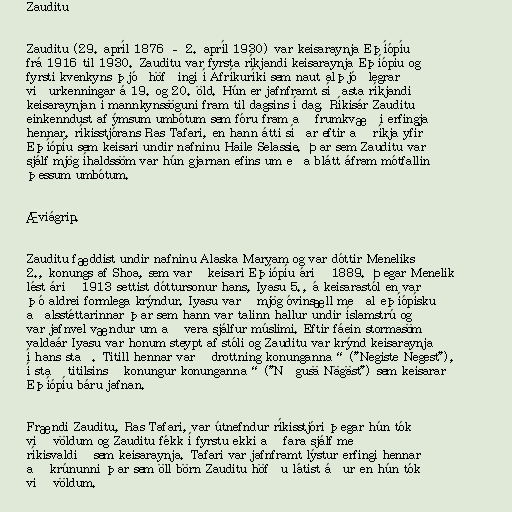
Zauditu

Zauditu (29. apríl 1876 – 2. apríl 1930) var keisaraynja Eþíópíu
frá 1916 til 1930. Zauditu var fyrsta ríkjandi keisaraynja Eþíópíu og
fyrsti kvenkyns þjóðhöfðingi í Afríkuríki sem naut alþjóðlegrar
viðurkenningar á 19. og 20. öld. Hún er jafnframt síðasta ríkjandi
keisaraynjan í mannkynssöguni fram til dagsins í dag. Ríkisár Zauditu
einkenndust af ýmsum umbótum sem fóru fram að frumkvæði erfingja
hennar, ríkisstjórans Ras Tafari, en hann átti síðar eftir að ríkja yfir
Eþíópíu sem keisari undir nafninu Haile Selassie. Þar sem Zauditu var
sjálf mjög íhaldssöm var hún gjarnan efins um eða blátt áfram mótfallin
þessum umbótum.

Æviágrip.

Zauditu fæddist undir nafninu Alaska Maryam og var dóttir Meneliks
2., konungs af Shoa, sem varð keisari Eþíópíu árið 1889. Þegar Menelik
lést árið 1913 settist dóttursonur hans, Iyasu 5., á keisarastól en var
þó aldrei formlega krýndur. Iyasu varð mjög óvinsæll meðal eþíópísku
aðalsstéttarinnar þar sem hann var talinn hallur undir íslamstrú og
var jafnvel vændur um að vera sjálfur múslimi. Eftir fáein stormasöm
valdaár Iyasu var honum steypt af stóli og Zauditu var krýnd keisaraynja
í hans stað. Titill hennar var „drottning konunganna“ ("Negiste Negest"),
í stað titilsins „konungur konunganna“ ("Nəgusä Nägäst") sem keisarar
Eþíópíu báru jafnan.

Frændi Zauditu, Ras Tafari, var útnefndur ríkisstjóri þegar hún tók
við völdum og Zauditu fékk í fyrstu ekki að fara sjálf með
ríkisvaldið sem keisaraynja. Tafari var jafnframt lýstur erfingi hennar
að krúnunni þar sem öll börn Zauditu höfðu látist áður en hún tók
við völdum.